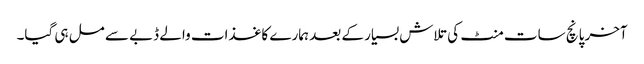
آخر پانچ سات منٹ کی تلاش بسیار کے بعد ہمارے کاغذات والے ڈبے سے مل ہی گیا۔